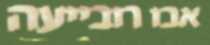
אבו רובייעה